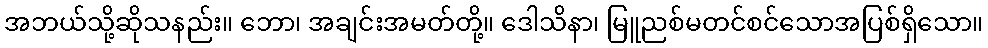
အဘယ်သို့ဆိုသနည်း။ ဘော၊ အချင်းအမတ်တို့။ ဒေါသိနာ၊ မြူညစ်မတင်စင်သောအပြစ်ရှိသော။